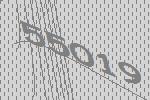
55019